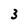
Character: 3